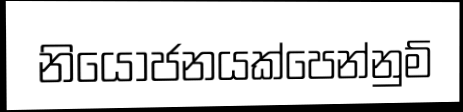
නියෝජනයක්පෙන්නුම්